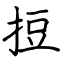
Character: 𢭃